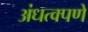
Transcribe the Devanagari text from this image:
अंधत्वपणे